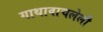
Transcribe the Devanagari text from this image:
गाथावाचलेली